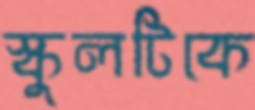
স্কুলটিকে